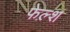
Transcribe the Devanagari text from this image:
फेल्श